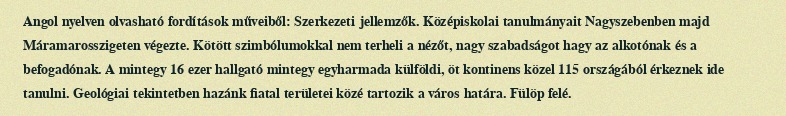
Angol nyelven olvasható fordítások műveiből: Szerkezeti jellemzők. Középiskolai tanulmányait Nagyszebenben majd Máramarosszigeten végezte. Kötött szimbólumokkal nem terheli a nézőt, nagy szabadságot hagy az alkotónak és a befogadónak. A mintegy 16 ezer hallgató mintegy egyharmada külföldi, öt kontinens közel 115 országából érkeznek ide tanulni. Geológiai tekintetben hazánk fiatal területei közé tartozik a város határa. Fülöp felé.